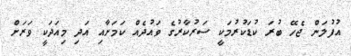
އުފުލަން ޖެހޭ ބުރަ ކުޑަކުރުމަކީ ސަރުކާރުގެ ވައުދެއް ކަމަށާއި އަދި މިއަދަކީ ވަރަށް